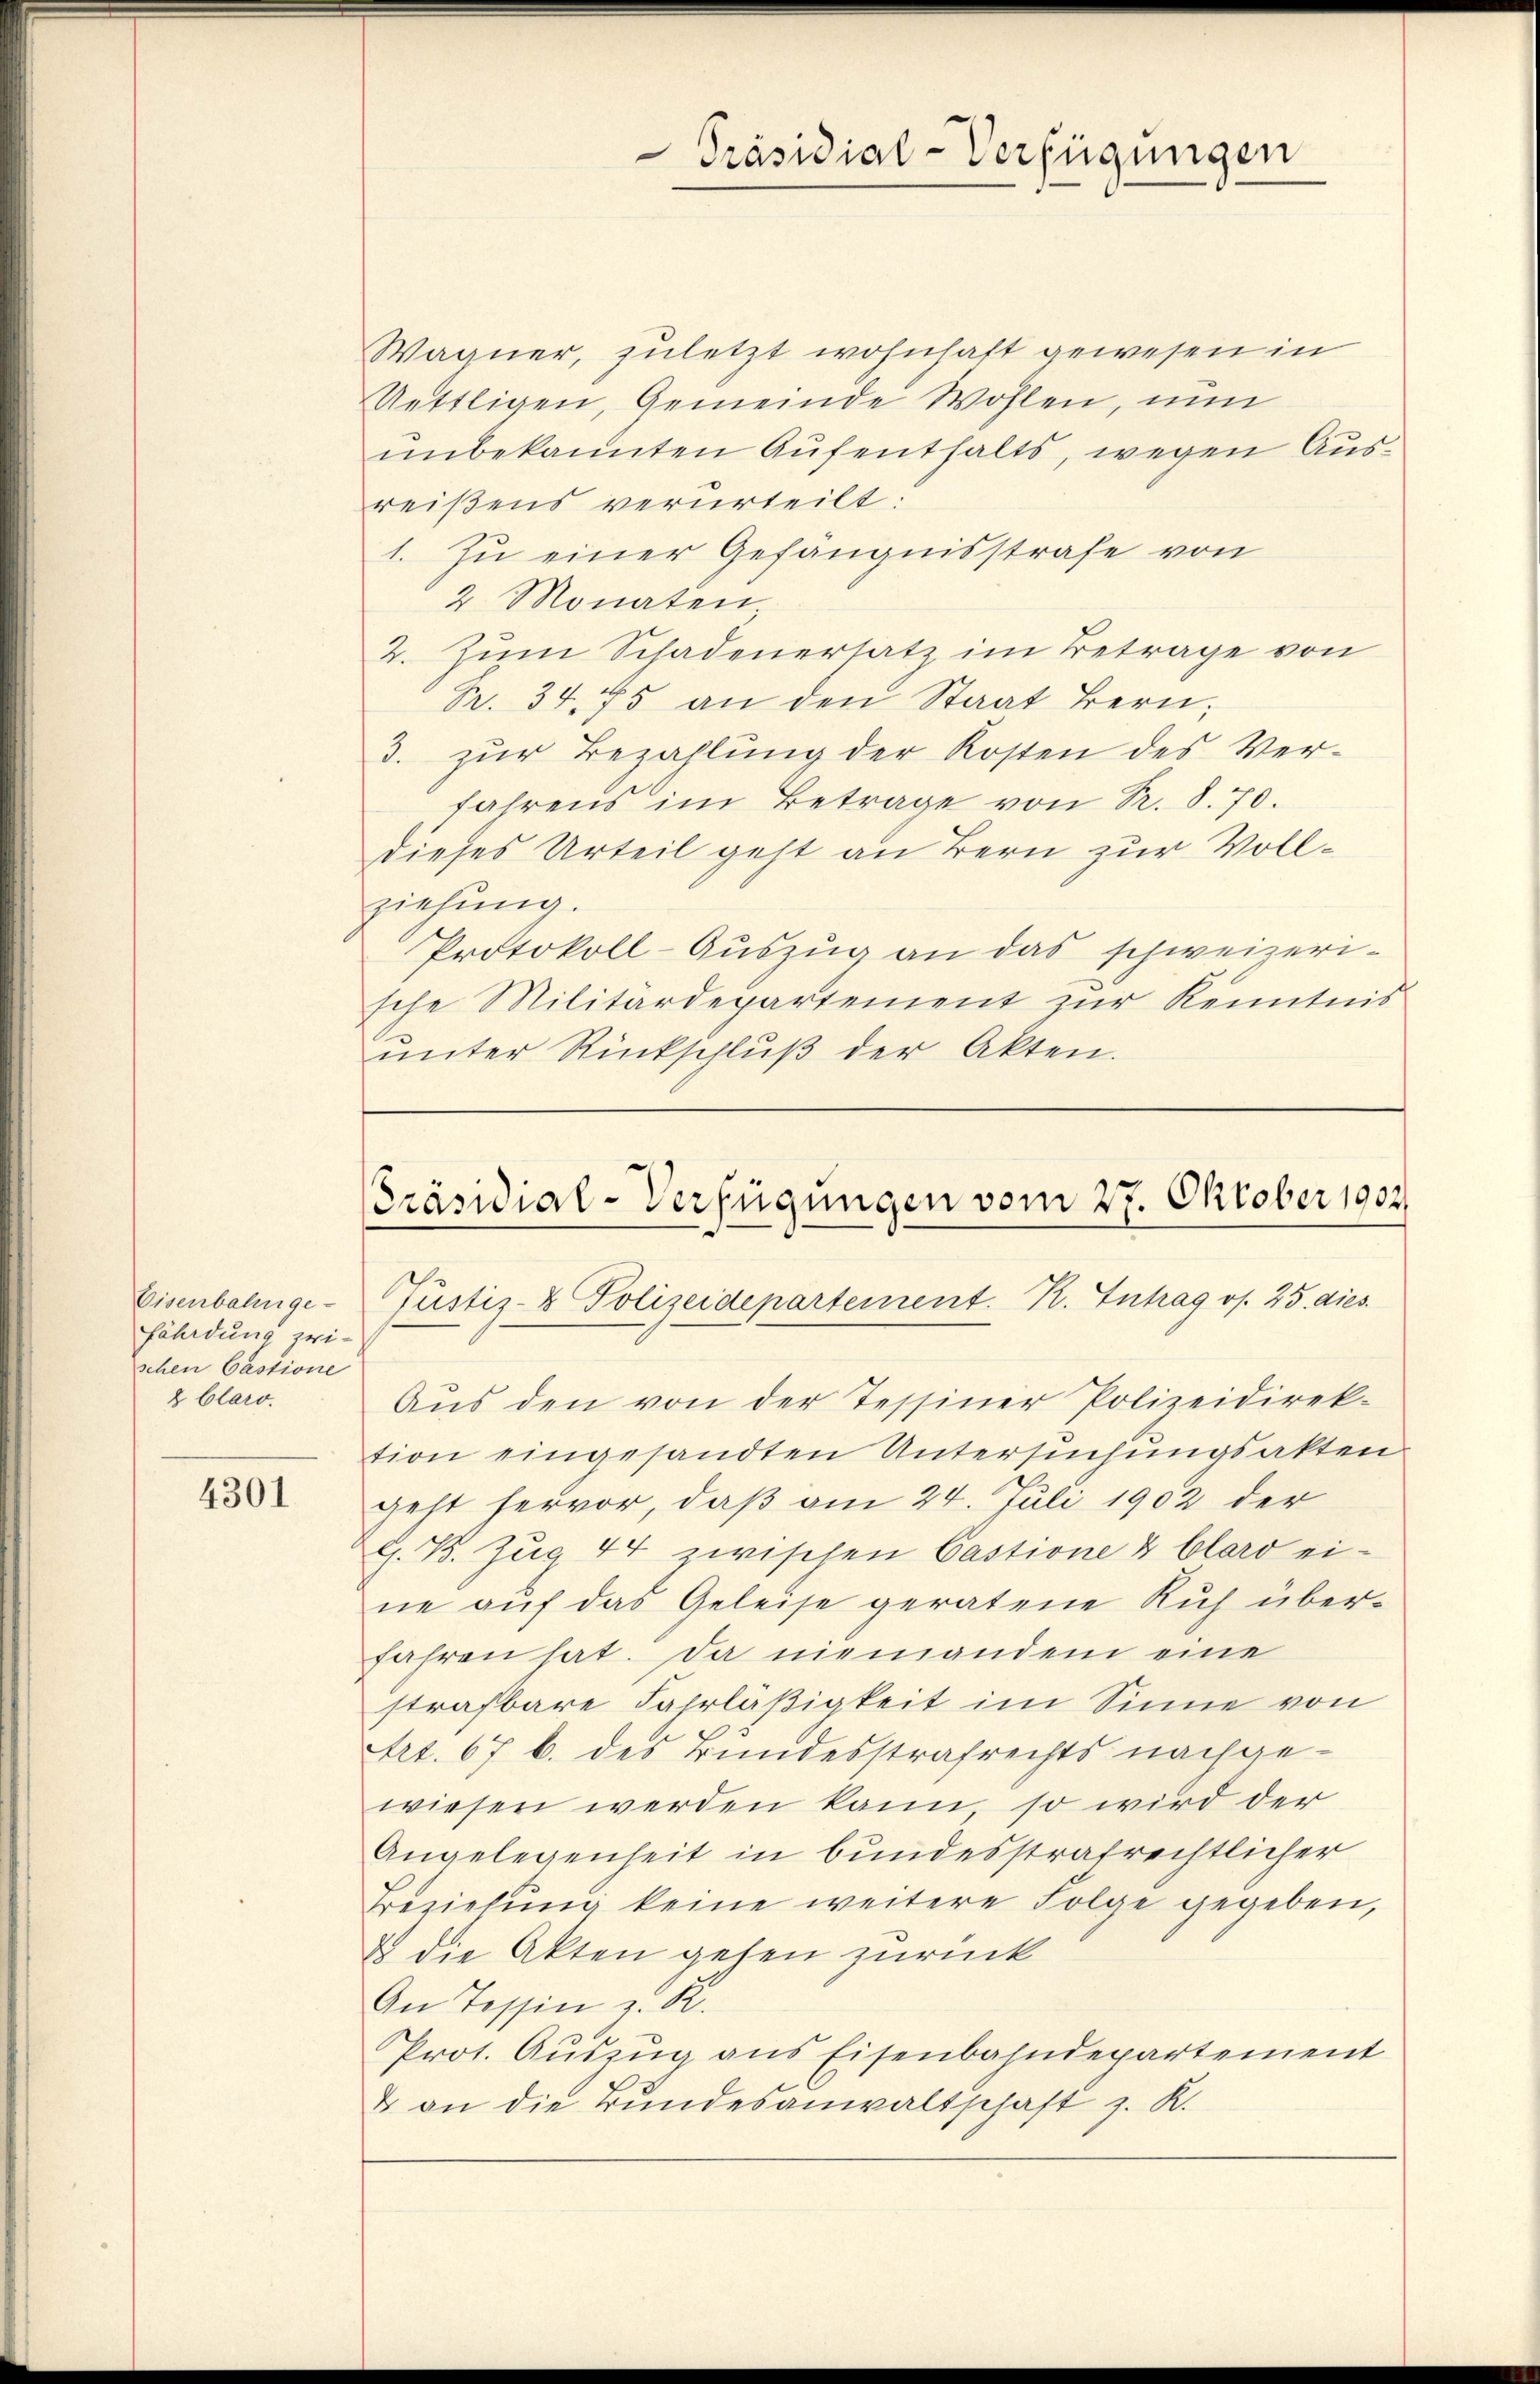
Eisenbahnge-
Föhrdung zwischen Cästione
8 Claro.

4301

Wagner, zuletzt wohnhaft gewesen in
Uettligen, Gemeinde Wohlen, nu
unbekannten Aufenthalts, wegen Ausreißens verurteilt:
1. Zu einer Gefängnisstrafe von
2 Monaten,
2. Zum Schadenersatz im Betrage von
Pr. 34. 75 an den Staat Bern;
3. zur Bezahlung der Kosten des Verfahrens im Betrage von Pr. 8. 70.
dieses Urteil geht an Bern zur Vollziehung.
Protokoll-Auszug an das schweizerische Militärdepartement zŭr Kenntnis
ŭnter Rückschlŭβ der Akten.

Präsidial-Verfügungen

Präsidial-Verfügungen vom 27. Oktober 1902
Justiz- & Polizeidepartement. R. Intrag os. 25. dies

Aus den von der Tessiner Polizeidirek-
tion eingesandten Untersuchungsakten
geht hervor, daß am 24. Juli 1902 der
G. B. Zug 44 zwischen Castione & blard eine aŭf das Geleise geratene Ruf über-
fahren hat. Da niemanden eine
strafbare Fahrläßigkeit im Sinne von
trt. 67 b. des Bundesstrafrechts nachgewiesen werden kann so wird der
Angelegenheit in bundesstrafrechtlicher
Beziehŭng keine weitere Folge gegeben,
u die Akten gehen zurück
An Tessin z. R.
Prot. Auszug aus Eisenbahndepartement
& an die Bundesanwaltschaft z. K.